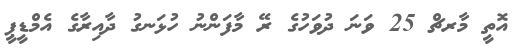
އޮތީ މާރޗް 25 ވަނަ ދުވަހުގެ ރޭ މާފަންނު ހުޅަނގު ދާއިރާގެ އެމްޑީޕީ